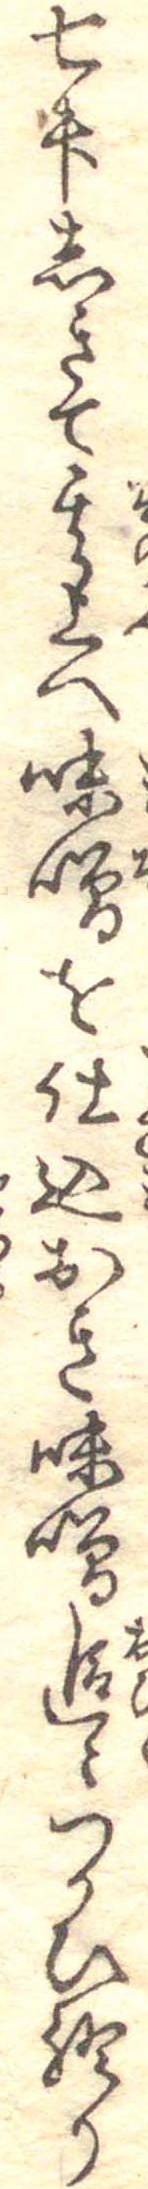
七升しきて其上へ味噌を仕込おき味噌追々つかひ終り